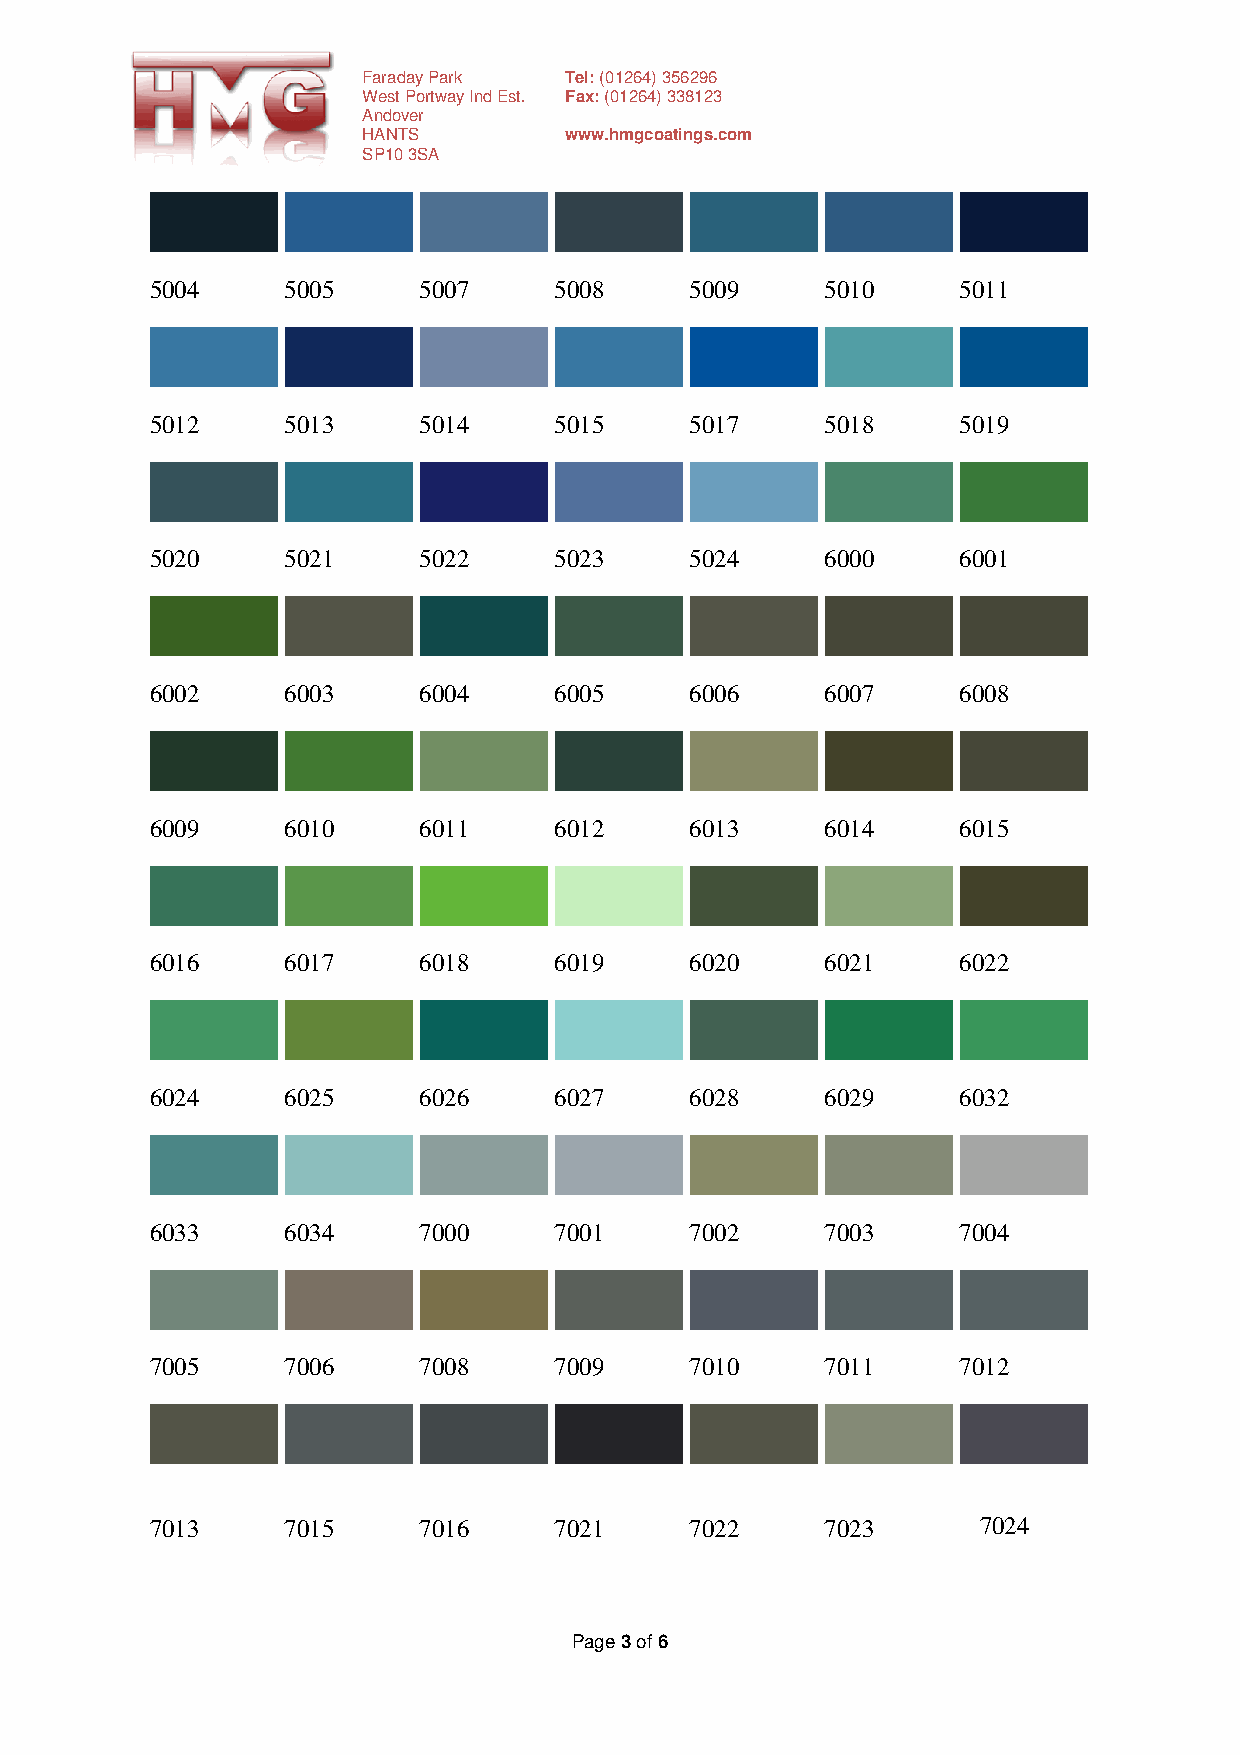
Faraday Park Tel: (01264) 356296
 West Portway Ind Est. Fax: (01264) 338123
 Andover
 HANTS        www.hmgcoatings.com
 SP10 3SA
 5004     5005     5007     5008     5009     5010     5011
 5012     5013     5014     5015     5017     5018     5019
 5020     5021     5022     5023     5024     6000     6001
 6002     6003     6004     6005     6006     6007     6008
 6009     6010     6011     6012     6013     6014     6015
 6016     6017     6018     6019     6020     6021     6022
 6024     6025     6026     6027     6028     6029     6032
 6033     6034     7000     7001     7002     7003     7004
 7005     7006     7008     7009     7010     7011     7012
 7013     7015     7016     7021     7022     7023      7024
 Page 3 of 6